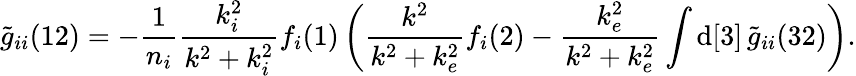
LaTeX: \widetilde{g}_{ii}(12)=-\frac{1}{n_{i}}\frac{k_{i}^{2}}{k^{2}+k_{i}^{2}}f_{i}(1)\left(\frac{k^{2}}{k^{2}+k_{e}^{2}}f_{i}(2)-\frac{k_{e}^{2}}{k^{2}+k_{e}^{2}}\int\mathrm{d}[3]\, \widetilde{g}_{ii}(32)\right).